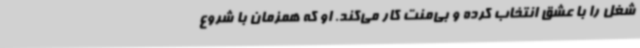
شغل را با عشق انتخاب کرده و بی‌منت کار می‌کند. او که همزمان با شروع